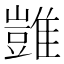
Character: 𩀡